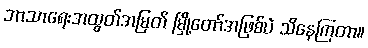
ဘာသာရေးအထွတ်အမြတ် မြို့တော်အဖြစ်ပဲ သိနေကြတာ။